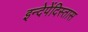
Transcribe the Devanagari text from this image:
इन्देपेंदिस्तास